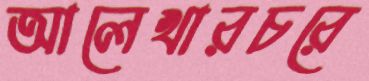
আলেখারচরে